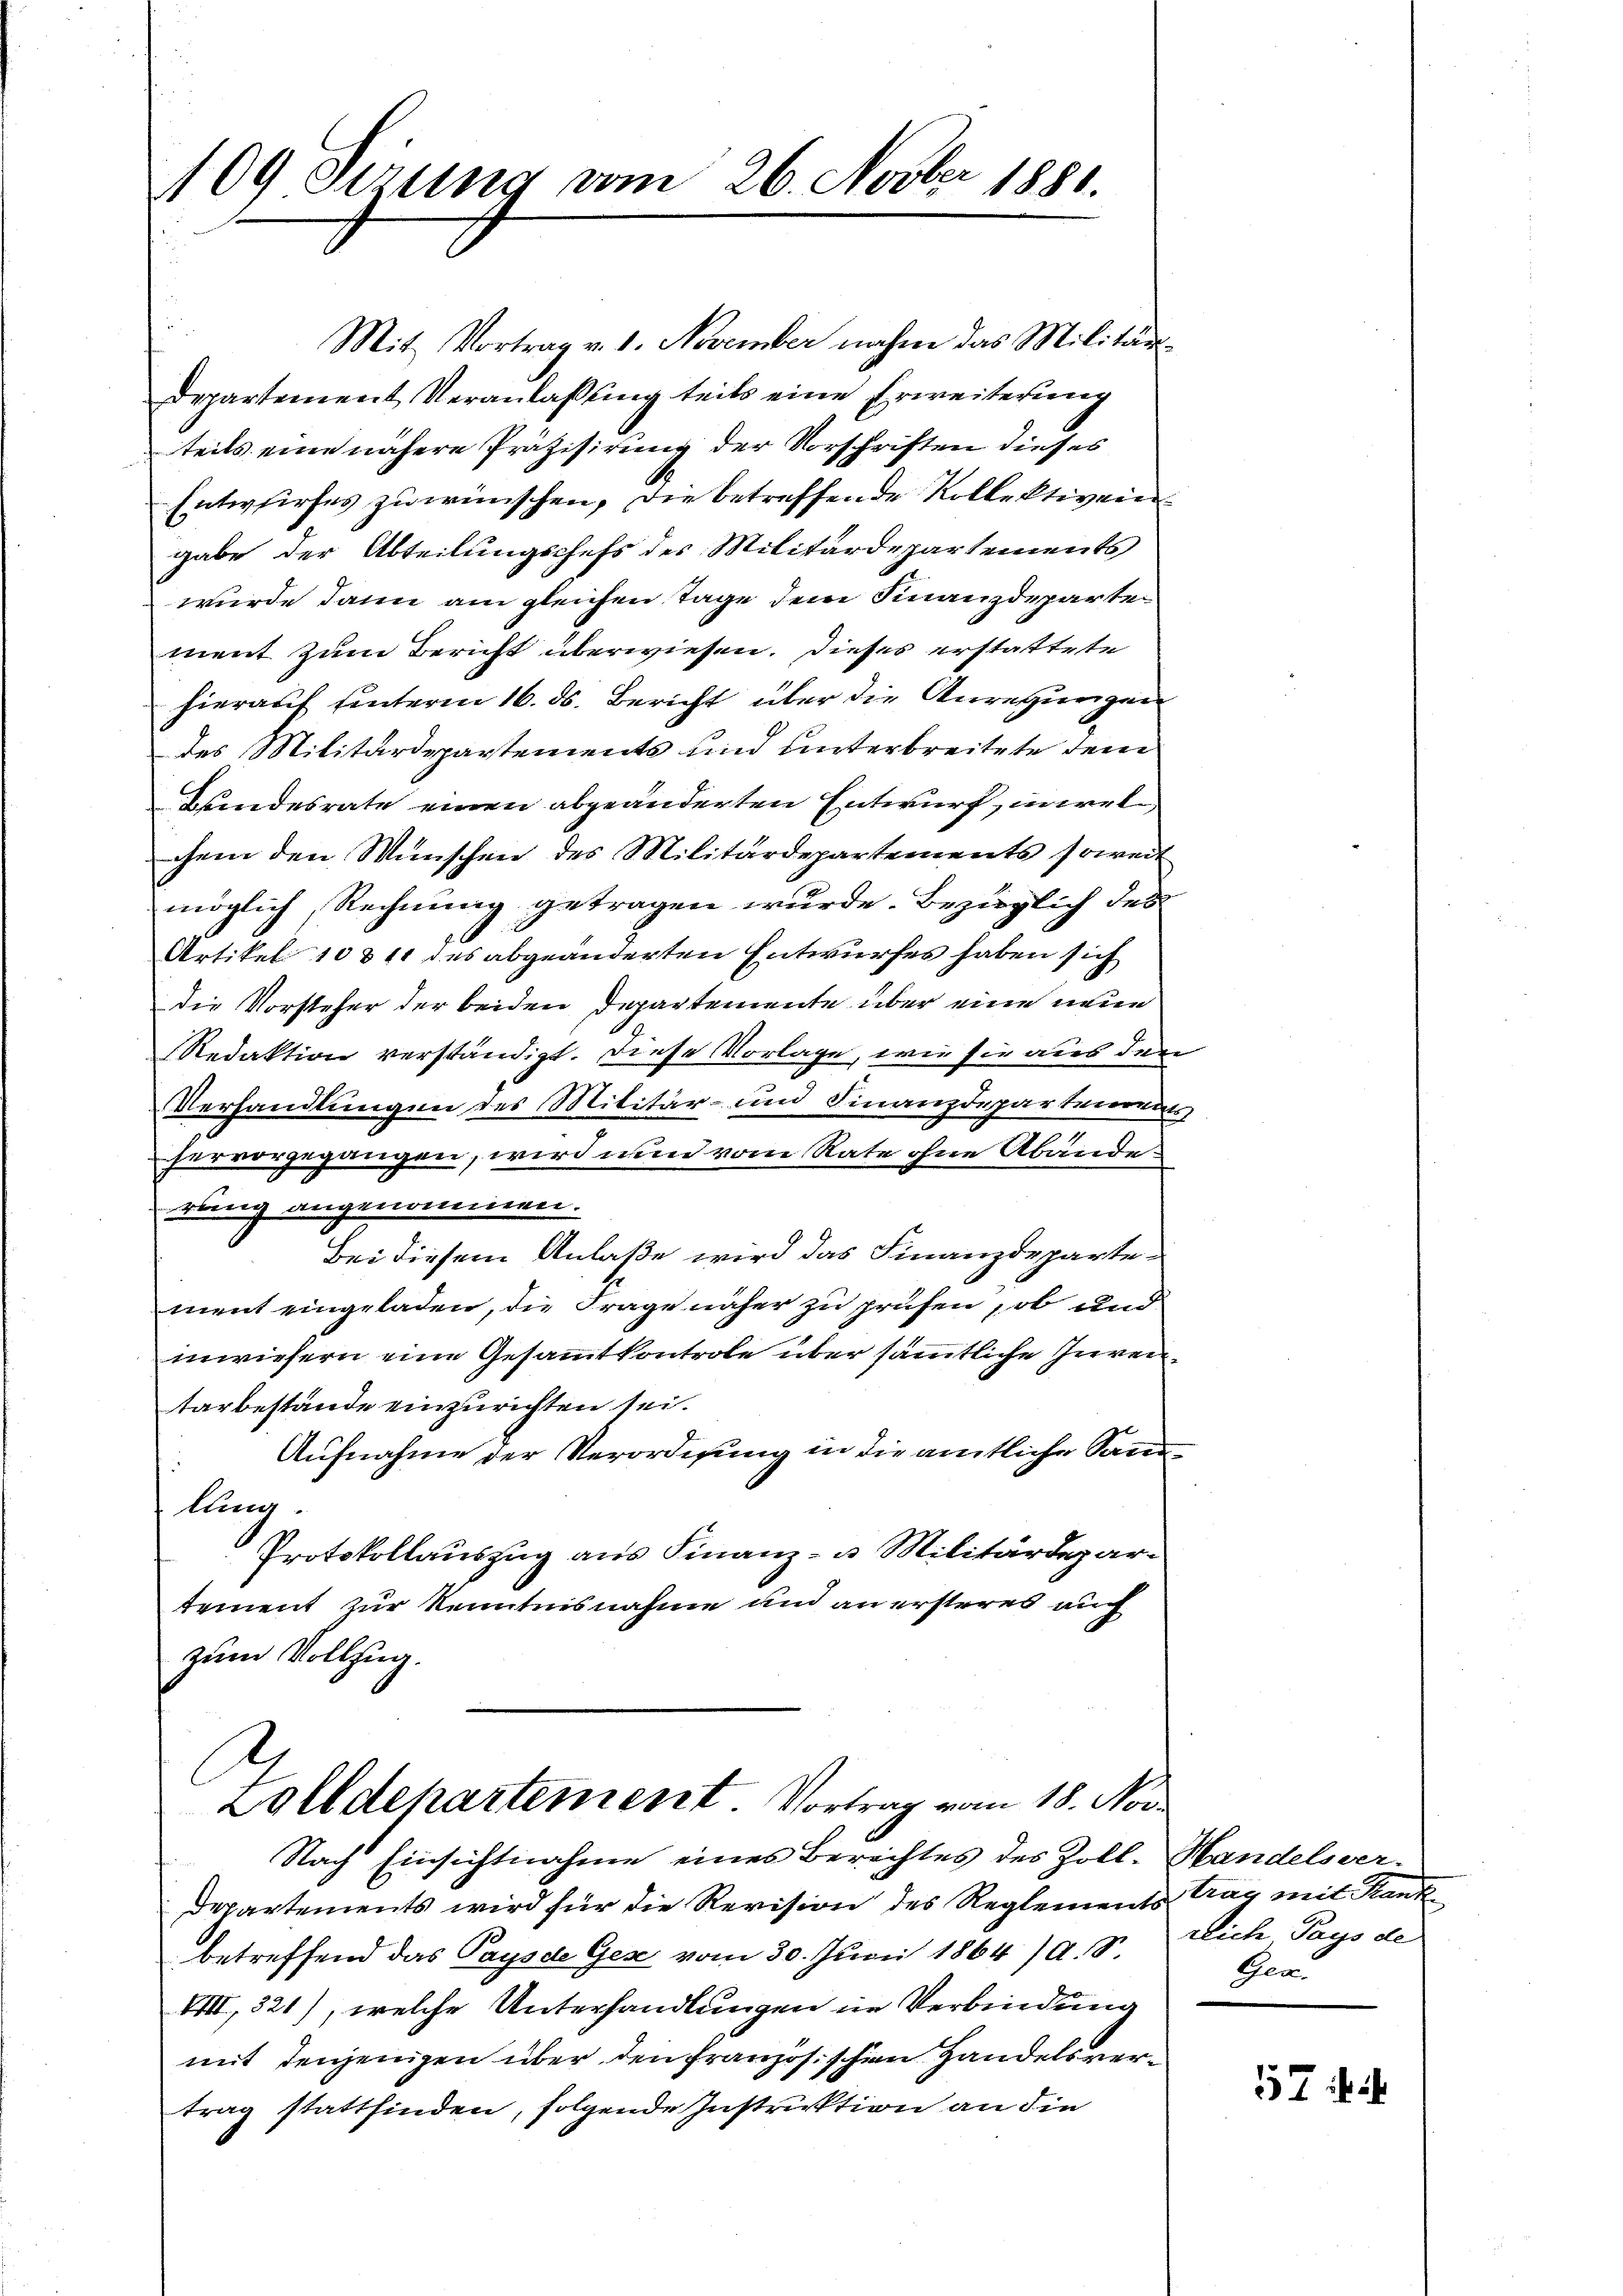
109 sezung vom 26. Novber 1881.

Mit Vortrag v. 1. November nahme das Militär-
Departement Veranlaßung teils eine Erweiterung
teils eine nähere Präzisirung der Vorschriften dieses
Entwurfes zu wünschen, die betreffende Kollektiven
gabe der Abteilungschefs des Militärdepartements
wurde dann am gleichen Tage dem Finanzdepartement zum Bericht überwiesen. Dieses erstattete
hierauf unterm 16. ds. Bericht über die Anregungen
des Militärdepartements und unterbreitete dem
Kindesrate einen abgeänderten Entwurf, in wel
chem den Wünschen des Militärdepartements soweit
möglich, Rechnung getragen wurde. Bezüglich des
.
Artikel 10 & 11 des abgeänderten Entwurfes haben sich
die Vorsteher der beiden Departemente über eine neue
Redaktion verständigt. Diese Vorlage, wie sie aus den
Verhandlungen des Militär- und Finanzdeparterrats
hervorgegangen, wird unnd vom Rate ohne Abänderling angenommen.
Bei diesem Anlaße wird das Finanzdepartement eingeladen, die Frage näher zu prüfen, ob und
inwiesern eine Gesammtkontrole über sämmtliche Zureitarbestände einzurichten sei.
Aufnahme der Verordnung in die amtliche Sanlung.
Protokollauszug aus Finanz- u. Militärdepartement zur Kenntnisnahme und an ersteres auch
zum Vollzug.

Zolldepartement Vortrag vom 18. Nov

Nach Einsichtnahme eines Berechtes des Zoll¬
Departements wird für die Revision des Reglements Tag mit Kanz
betreffend das Pays de Gese vom 30. Juni 1864 /A. S.
III, 321), welche Unterhandlungen in Verbindung
mit denjenigen über den französischen Handelsvertrag stattfinden, folgende Instruktion an die

Handelsver-
rlich Pays de
Gen.

57 f 2